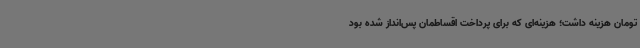
تومان هزینه داشت؛ هزینه‌ای که برای پرداخت اقساطمان پس‌انداز شده‌ بود